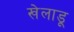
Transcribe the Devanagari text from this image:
खेलाडू